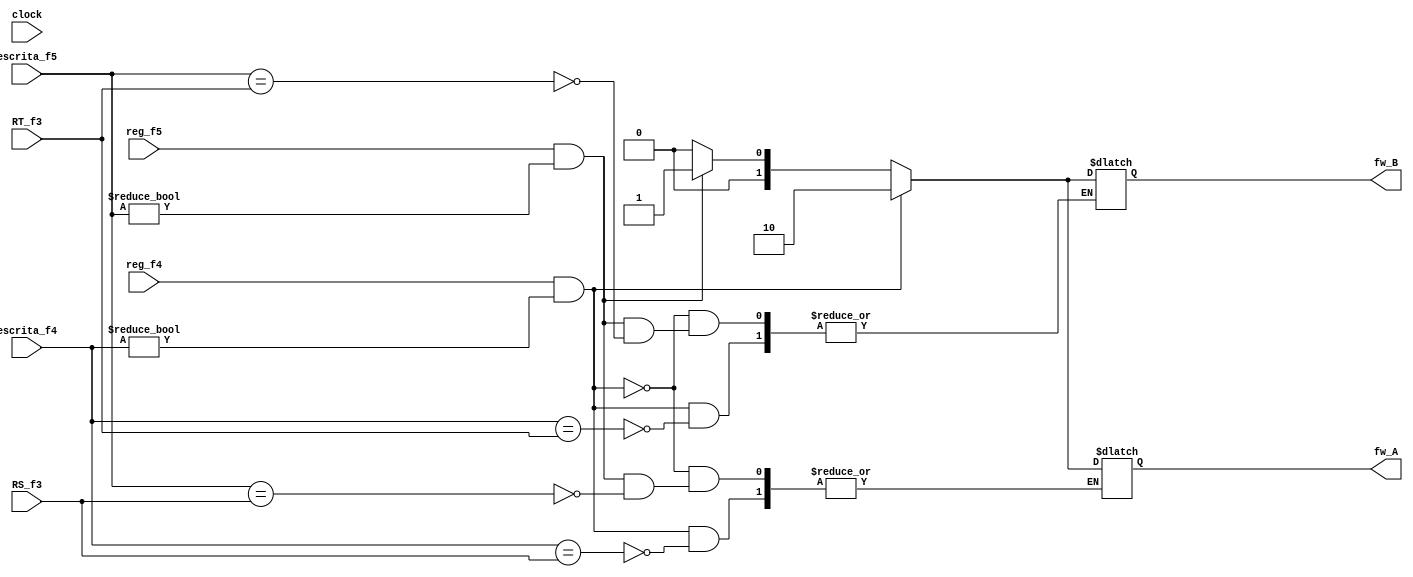
module Foward (
	//flag da fase 4 e 5
	input reg_f4, reg_f5, clock,
	//registradores de escrita fase 4 e 5
	input [4:0] escrita_f4, escrita_f5,
	//registradores RS e RT no pipeline fase 3
	input [4:0] RS_f3, RT_f3,
	//sinalizadores de qual fazer fowarding
	output [1:0] fw_A, fw_B
	);

	reg [1:0] A, B;
	always @ ( * ) begin //Isso eh um circuito combinacional. nao depende do clock
		//FOWARD da fase 3 EX/MEM
		//quero escrever e no eh no XZR
		if(reg_f4 && escrita_f4 != 5'b0) begin
			//meu registrador de destino e igual ao RS da fase 3?
			if(escrita_f4 == RS_f3)
				A <= 2'b10; //A = 10
			//meu registrador de destino e igual ao RT da fase 3?
			if(escrita_f4 == RT_f3)
				B <= 2'b10; //B = 10
		end
		//FOWARD da fase 4 MEM/WB
		//quero escrever e no eh no XZR
		else if(reg_f5 && escrita_f5 != 5'b0) begin
			//meu registrador de destino eh igual ao RS da fase 3?
			if(escrita_f5 == RS_f3)
				A <= 2'b01; //A = 01
			//meu registrador de destino eh igual ao RT da fase 3?
			if(escrita_f5 == RT_f3)
				B <= 2'b01; //B = 01
		end
		//se nao antecipar os dados de algum estagio
		else begin
			A <= 2'b0; //A = 00
			B <= 2'b0; //B = 00
		end
	end

	assign fw_A = A;
	assign fw_B = B;

endmodule